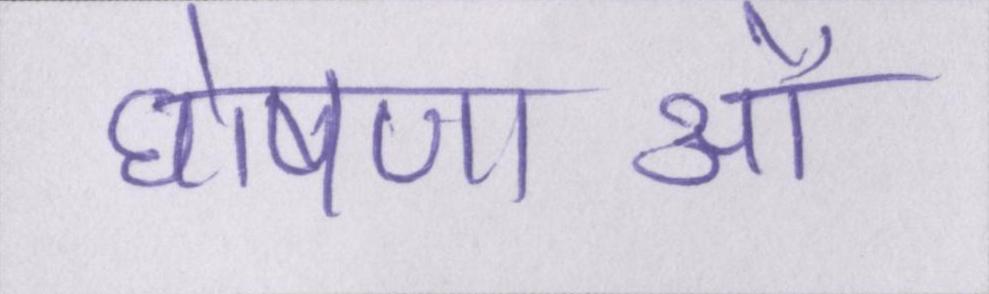
घोषणाओं